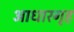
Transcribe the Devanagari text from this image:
आधारगृह